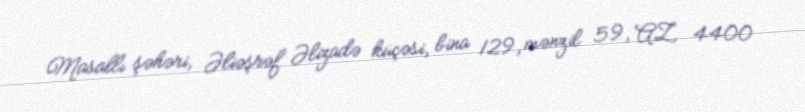
Masallı şəhəri, Əliəşrəf Əlizadə küçəsi, bina 129, mənzil 59, AZ 4400